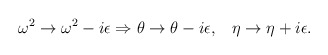
\begin{align*}\omega ^2\rightarrow \omega ^2-i\epsilon \Rightarrow \theta \rightarrow\theta -i\epsilon ,\;\;\;\eta \rightarrow \eta +i\epsilon .\end{align*}